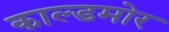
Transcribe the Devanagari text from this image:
काल्डमोर